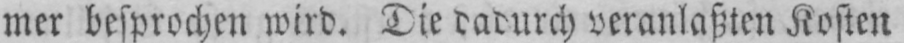
mer besprochen wird. Die dadurch veranlaßten Kosten